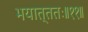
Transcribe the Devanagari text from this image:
भयात्ततः॥११॥